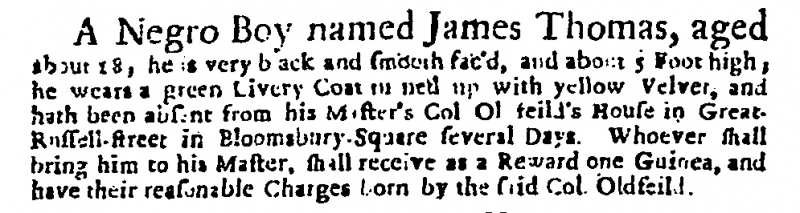
Daily Courant, 28 March 1717 (England)
A Negro Boy named James Thomas, aged about 18, he is very black and smooth fac’d, and about 5 Foot high; he wears a green Livery Coat turned up with yellow Velvet, and hath been absent from his Master’s Col. Oldfeild’s House in Great Russell-street in Bloomsbury-Square several Days. Whoever shall bring him to his Master, shall receive as a Reward one Guinea, and have their reasonable Charges born by the said Col. Oldfeild.